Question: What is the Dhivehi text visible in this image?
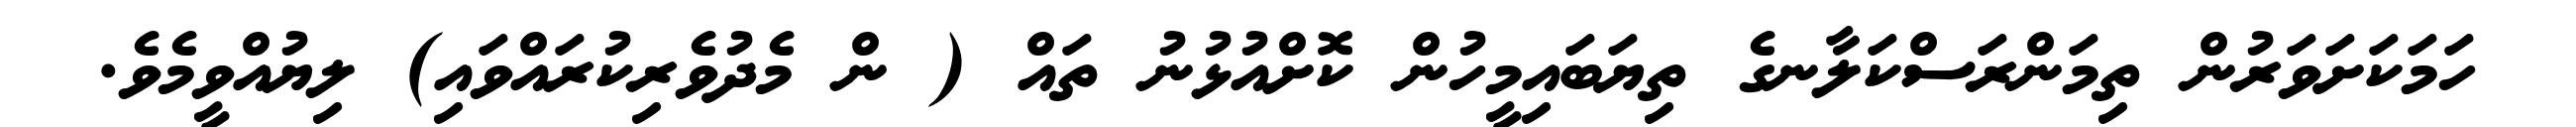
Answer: ހަމަކަށަވަރުން ތިމަންރަސްކަލާނގެ ތިޔަބައިމީހުން ކޮށްއުޅުނު ތައް ( ން މެދުވެރިކުރައްވައި) ލިޔުއްވީމެވެ.